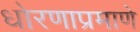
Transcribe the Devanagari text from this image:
धोरणाप्रमाणे